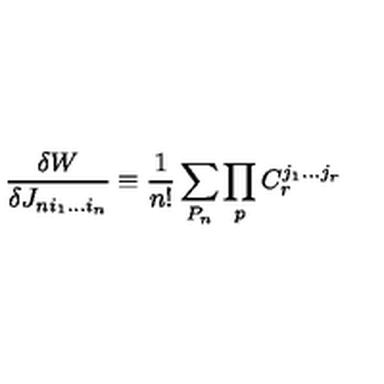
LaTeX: { \frac { \delta W } { \delta J _ { n i _ { 1 } . . . i _ { n } } } } \equiv { \frac { 1 } { n ! } } \sum _ { P _ { n } } \prod _ { p } C _ { r } ^ { j _ { 1 } . . . j _ { r } }